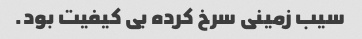
سیب زمینی سرخ کرده بی کیفیت بود.